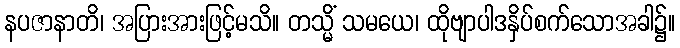
နပဇာနာတိ၊ အပြားအားဖြင့်မသိ။ တသ္မိံ သမယေ၊ ထိုဗျာပါဒနှိပ်စက်သောအခါ၌။